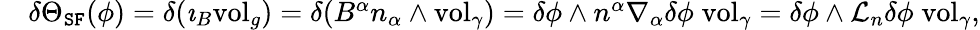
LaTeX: \begin{array}{rl}&{\delta\Theta_{\mathtt{SF}}(\phi)=\delta(\imath_{B}\mathrm{vol}_{g})=\delta(B^{\alpha}n_{\alpha}\wedge\mathrm{vol}_{\gamma})=\delta\phi\wedge n^{\alpha}\nabla_{\alpha}\delta\phi\; \mathrm{vol}_{\gamma}=\delta\phi\wedge\mathcal{L}_{n}\delta\phi\; \mathrm{vol}_{\gamma},}\end{array}